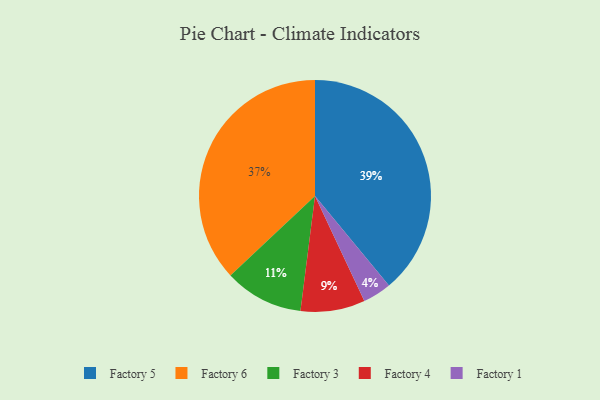
{"axis": {"x": "Category", "y": "Percentage"}, "legend": ["Factory 1", "Factory 3", "Factory 4", "Factory 5", "Factory 6"], "data": [{"x": "Factory 5", "y": 39, "type": "Factory 5"}, {"x": "Factory 1", "y": 4, "type": "Factory 1"}, {"x": "Factory 3", "y": 11, "type": "Factory 3"}, {"x": "Factory 4", "y": 9, "type": "Factory 4"}, {"x": "Factory 6", "y": 37, "type": "Factory 6"}]}